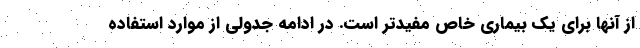
از آنها برای یک بیماری خاص مفیدتر است. در ادامه جدولی از موارد استفاده